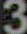
3